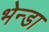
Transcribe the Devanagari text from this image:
भेन्डा